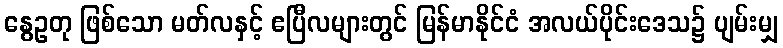
နွေဥတု ဖြစ်သော မတ်လနှင့် ဧပြီလများတွင် မြန်မာနိုင်ငံ အလယ်ပိုင်းဒေသ၌ ပျမ်းမျှ